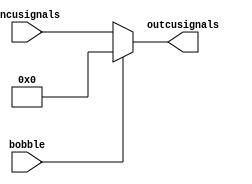
module cumux(input [8:0]incusignals,input bobble,output 
[8:0]outcusignals);
assign outcusignals=(bobble==1'b1)?9'd0:
incusignals;
endmodule